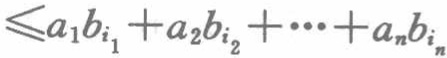
$\leqslant a_{1}b_{i_{1}}+a_{2}b_{i_{2}}+\cdots +a_{n}b_{i_{n}}$